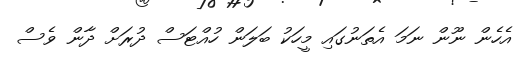
އެހެން ނޫން ނަމަ އެތަނުގައި މީހަކު ބަލަން ހުއްޓަސް ދުރަށް ދާން ވެސް